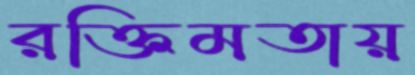
রক্তিমতায়